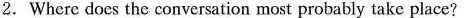
2.Where does the conversation most probably take place?